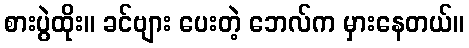
စားပွဲထိုး။ ခင်ဗျား ပေးတဲ့ ဘေလ်က မှားနေတယ်။